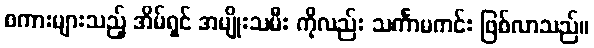
စကားများသည့် အိမ်ရှင် အမျိုးသမီး ကိုလည်း သင်္ကာမကင်း ဖြစ်လာသည်။